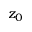
z _ { 0 }